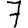
Digit: 7